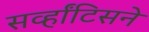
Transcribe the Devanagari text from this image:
सर्व्हांटिसने